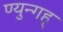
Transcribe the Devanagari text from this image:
ण्युन्गह्